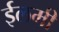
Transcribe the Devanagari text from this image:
ईलमी